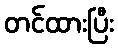
တင်ထားပြီး